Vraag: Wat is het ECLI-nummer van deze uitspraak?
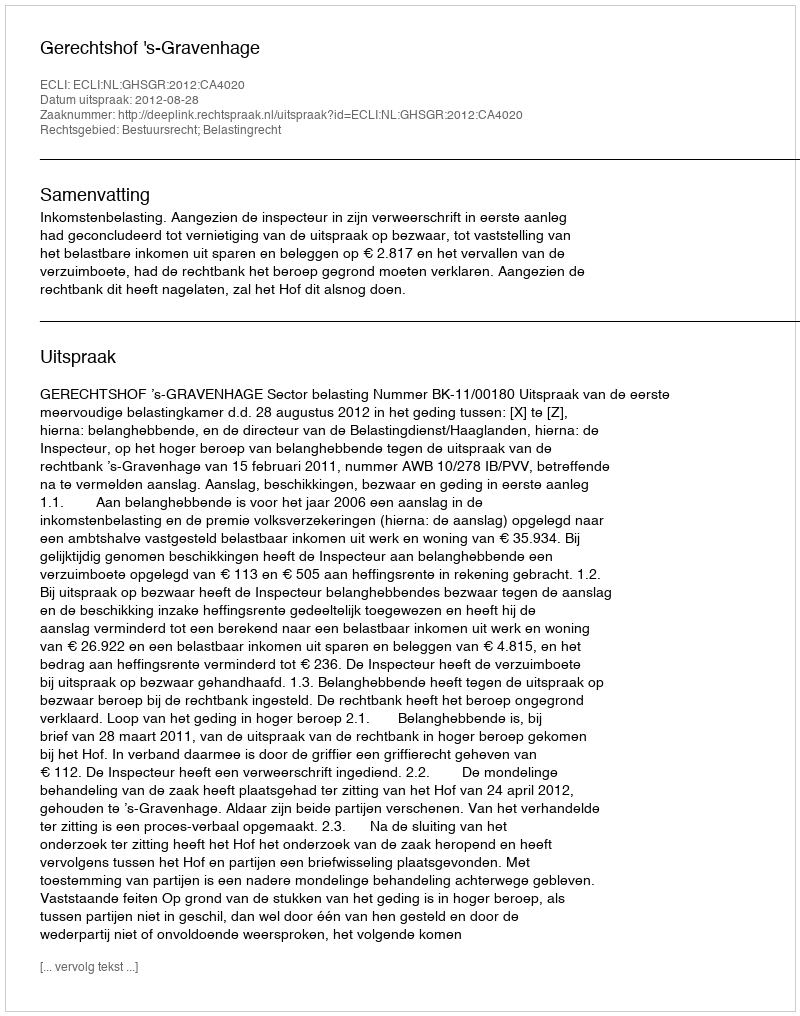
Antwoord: ECLI:NL:GHSGR:2012:CA4020